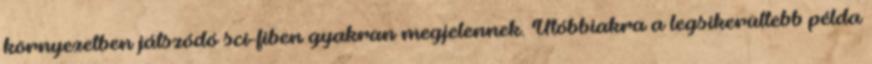
környezetben játszódó sci-fiben gyakran megjelennek. Utóbbiakra a legsikerültebb példa